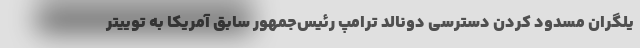
یلگران مسدود کردن دسترسی دونالد ترامپ رئیس‌جمهور سابق آمریکا به توییتر